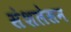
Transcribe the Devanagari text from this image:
संशलेसन